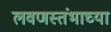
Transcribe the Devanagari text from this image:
लवणस्तंभाच्या